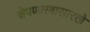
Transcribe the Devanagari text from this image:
क्षेपणास्त्रासारखे